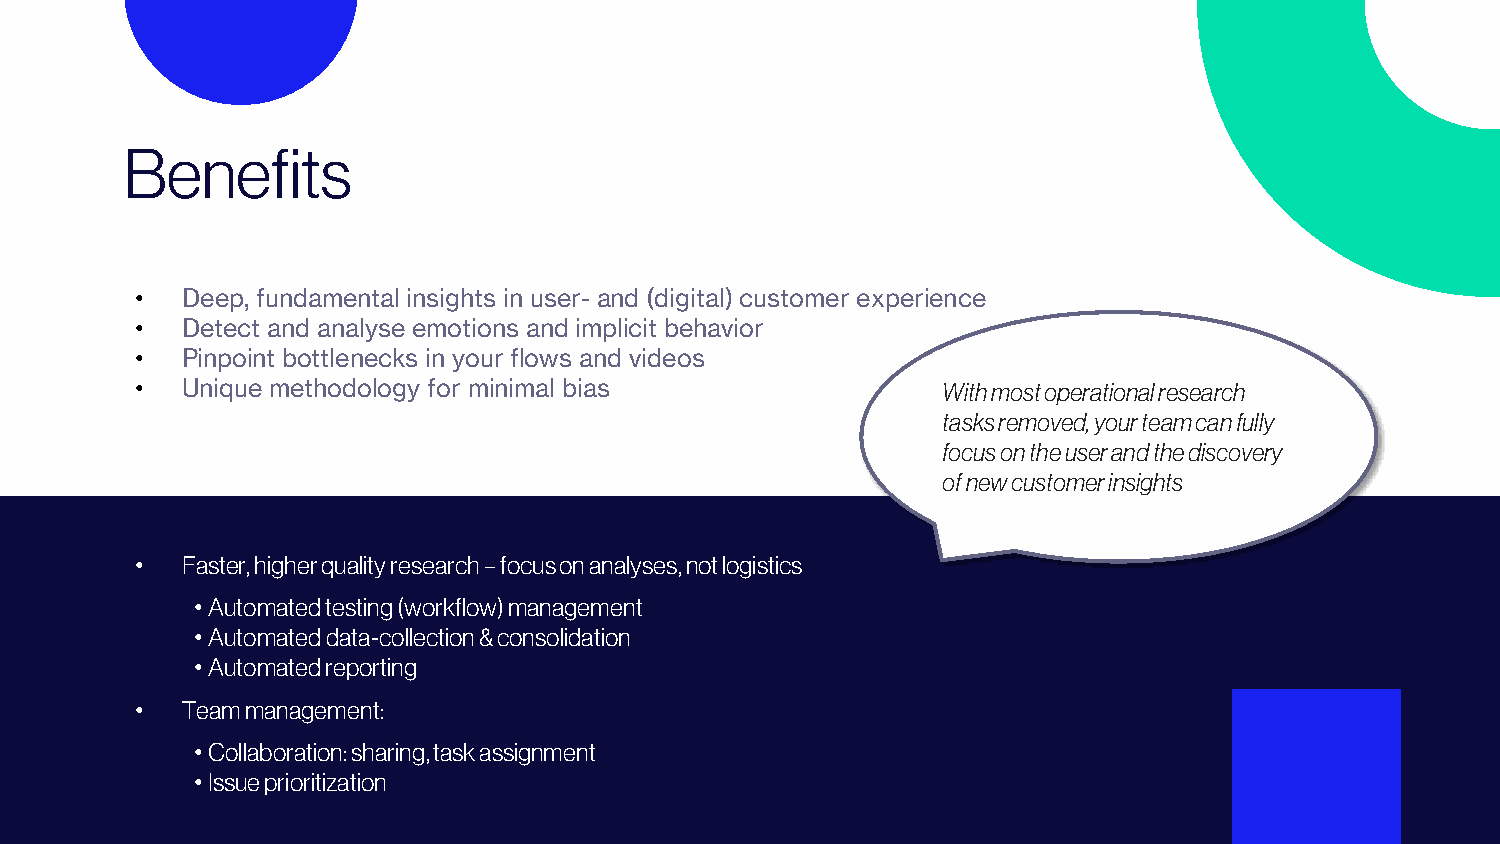
Benefits
 •  Deep, fundamental insights in user- and (digital) customer experience
 •  Detect and analyse emotions and implicit behavior
 •  Pinpoint bottlenecks in your flows and videos
 •  Unique methodology for minimal bias               With most operational research
 tasks removed, your team can fully
 focus on the user and the discovery
 of new customer insights
 •  Faster, higher quality research –focus on analyses, not logistics
 •Automated testing (workflow) management
 •Automated data-collection & consolidation
 •Automated reporting
 •  Team management:
 •Collaboration: sharing, task assignment
 •Issue prioritization